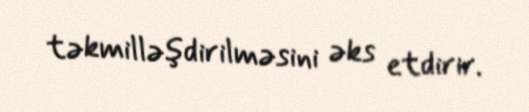
təkmilləşdirilməsini əks etdirir.